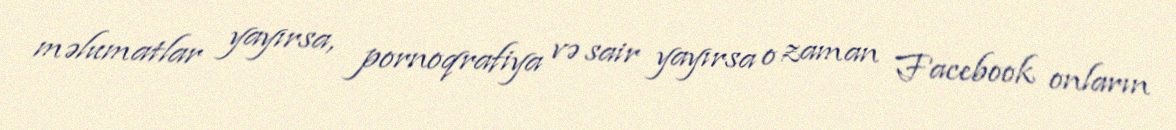
məlumatlar yayırsa, pornoqrafiya və sair yayırsa o zaman Facebook onların